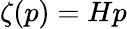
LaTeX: \zeta(p)=Hp